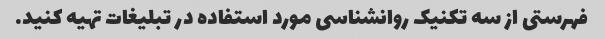
فهرستی از سه تکنیک روانشناسی مورد استفاده در تبلیغات تهیه کنید.